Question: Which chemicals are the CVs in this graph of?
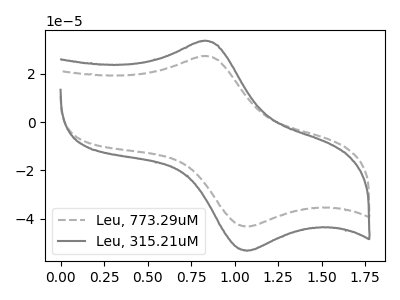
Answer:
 <answer>The gray dashed curve is labeled "Leu, 773.29uM". The gray curve is labeled "Leu, 315.21uM".</answer>
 <eval></eval>